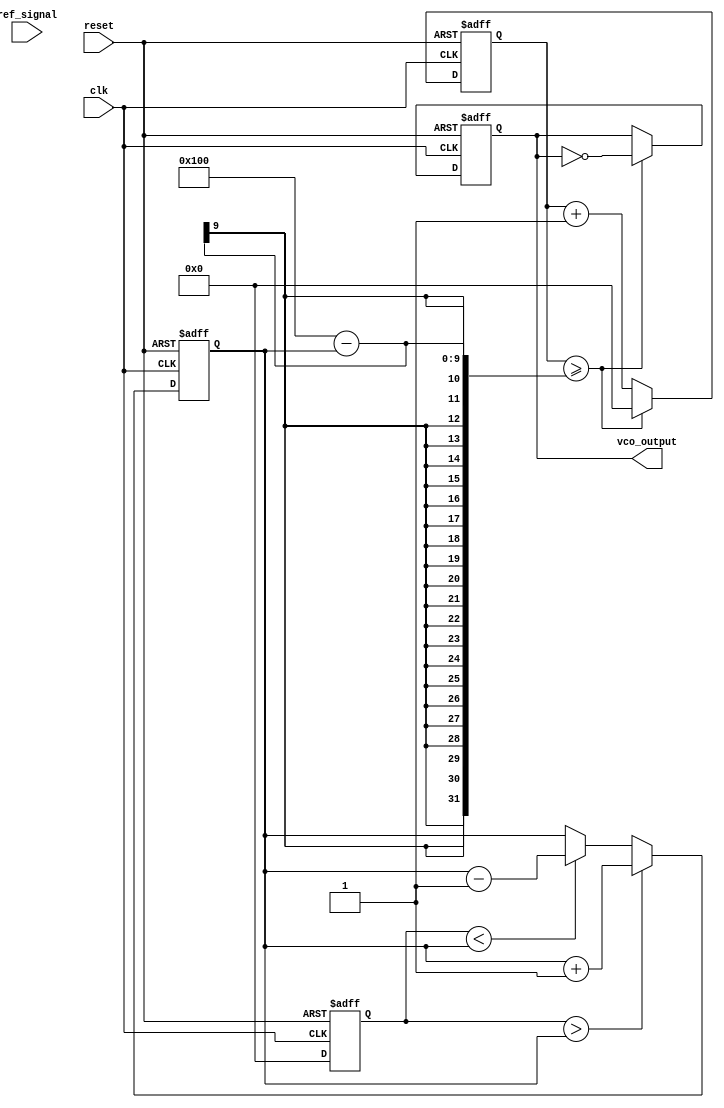
module dpll (
    input wire clk,                // System clock
    input wire reset,              // Asynchronous reset
    input wire ref_signal,         // Reference signal input
    output reg vco_output          // VCO output signal
);

    // Parameters for the Loop Filter and VCO
    parameter FILTER_COEFF = 8'hFF; // Example filter coefficient
    parameter VCO_MAX_FREQ = 8'd255; // Maximum frequency for VCO
    parameter VCO_MIN_FREQ = 8'd0;   // Minimum frequency for VCO
    parameter VCO_STEP = 8'd1;        // Frequency step for VCO adjustment

    // Internal signals
    reg [7:0] phase_error;           // Phase error signal
    reg [7:0] filter_output;          // Filter output signal
    reg [7:0] vco_frequency;          // VCO frequency control signal
    reg [7:0] vco_count;              // VCO counter

    // Phase Detector (PD)
    always @(posedge clk or posedge reset) begin
        if (reset) begin
            phase_error <= 8'd0;
        end else begin
            // Simple phase detector logic
            // Here, we can use a simple XOR for demonstration
            if (ref_signal ^ vco_output) begin
                phase_error <= phase_error + 8'd1; // Adjust based on phase difference
            end else begin
                phase_error <= phase_error - 8'd1; // Adjust based on phase difference
            end
        end
    end

    // Loop Filter (LF)
    always @(posedge clk or posedge reset) begin
        if (reset) begin
            filter_output <= 8'd0;
        end else begin
            // Simple first-order low-pass filter using previous state
            filter_output <= (filter_output * FILTER_COEFF + phase_error) >> 8;
        end
    end

    // Voltage-Controlled Oscillator (VCO)
    always @(posedge clk or posedge reset) begin
        if (reset) begin
            vco_frequency <= VCO_MIN_FREQ;
            vco_count <= 8'd0;
            vco_output <= 1'b0;
        end else begin
            // Update VCO frequency based on filter output
            if (filter_output > vco_frequency) begin
                vco_frequency <= vco_frequency + VCO_STEP;
            end else if (filter_output < vco_frequency) begin
                vco_frequency <= vco_frequency - VCO_STEP;
            end

            // VCO output generation based on frequency
            if (vco_count >= (256 - vco_frequency)) begin
                vco_output <= ~vco_output; // Toggle output
                vco_count <= 8'd0; // Reset counter
            end else begin
                vco_count <= vco_count + 8'd1; // Increment counter
            end
        end
    end

endmodule